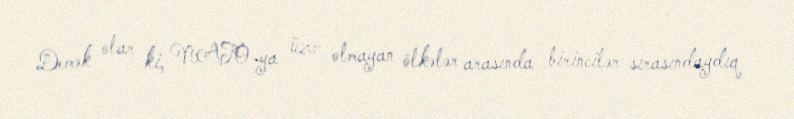
Demək olar ki, NATO-ya üzv olmayan ölkələr arasında birincilər sırasındaydıq